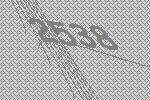
2538